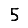
Digit: 5